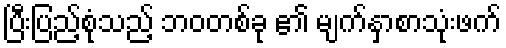
ပြီးပြည့်စုံသည့် ဘဝတစ်ခု ၏ မျက်နှာစာသုံးဖက်